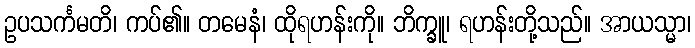
ဥပသင်္ကမတိ၊ ကပ်၏။ တမေနံ၊ ထိုရဟန်းကို။ ဘိက္ခူ၊ ရဟန်းတို့သည်။ အာယသ္မာ၊